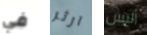
في ارثر أليس